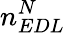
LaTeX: n_{EDL}^{N}